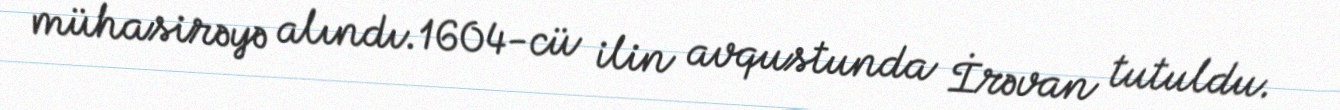
mühasirəyə alındı.1604-cü ilin avqustunda İrəvan tutuldu.